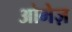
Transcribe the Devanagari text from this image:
ओमेज़